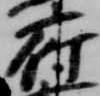
府